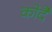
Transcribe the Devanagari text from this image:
कोदै